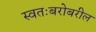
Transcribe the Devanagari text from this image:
स्वतःबरोबरील